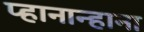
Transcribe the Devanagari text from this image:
प्हानान्हाना